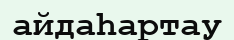
айдаһартау